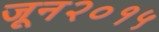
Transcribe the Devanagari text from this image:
जून२०१५